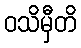
ဝသိမှီတိ